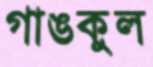
গাঙকুল